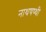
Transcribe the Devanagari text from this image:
नाथषष्थी